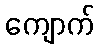
ကျောက်